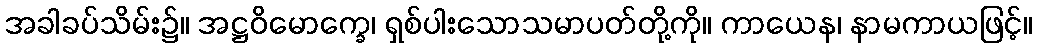
အခါခပ်သိမ်း၌။ အဋ္ဌဝိမောက္ခေ၊ ရှစ်ပါးသောသမာပတ်တို့ကို။ ကာယေန၊ နာမကာယဖြင့်။